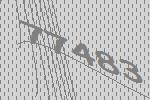
77483